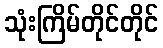
သုံးကြိမ်တိုင်တိုင်